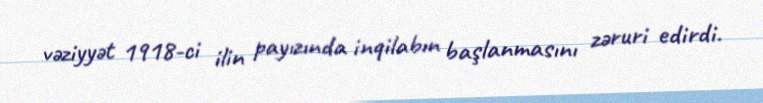
vəziyyət 1918-ci ilin payızında inqilabın başlanmasını zəruri edirdi.